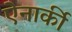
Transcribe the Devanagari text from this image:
ऐनार्की